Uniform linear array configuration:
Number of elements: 64
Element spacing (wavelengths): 1
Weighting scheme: exponential
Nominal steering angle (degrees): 0
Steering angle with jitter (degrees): -1.248
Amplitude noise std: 0.05
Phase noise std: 0.05

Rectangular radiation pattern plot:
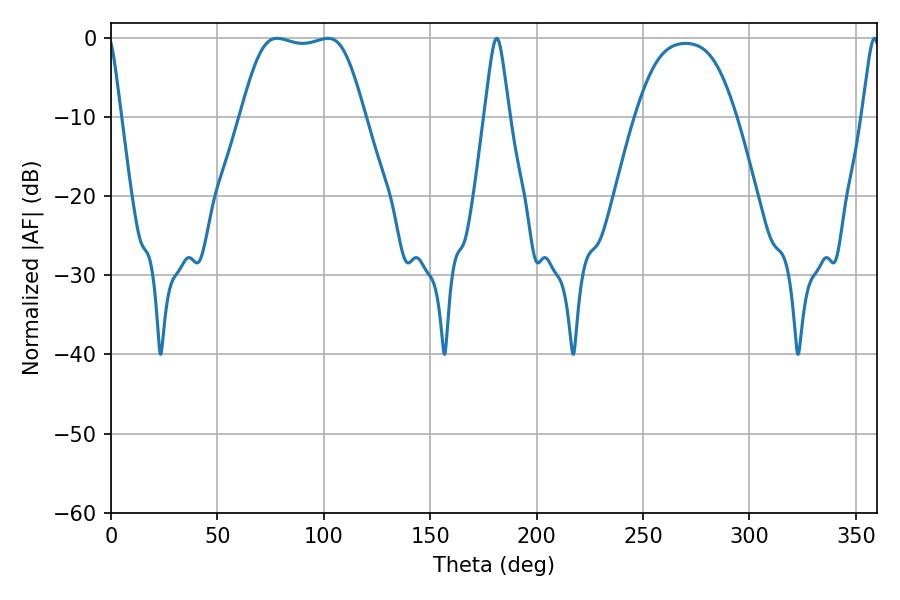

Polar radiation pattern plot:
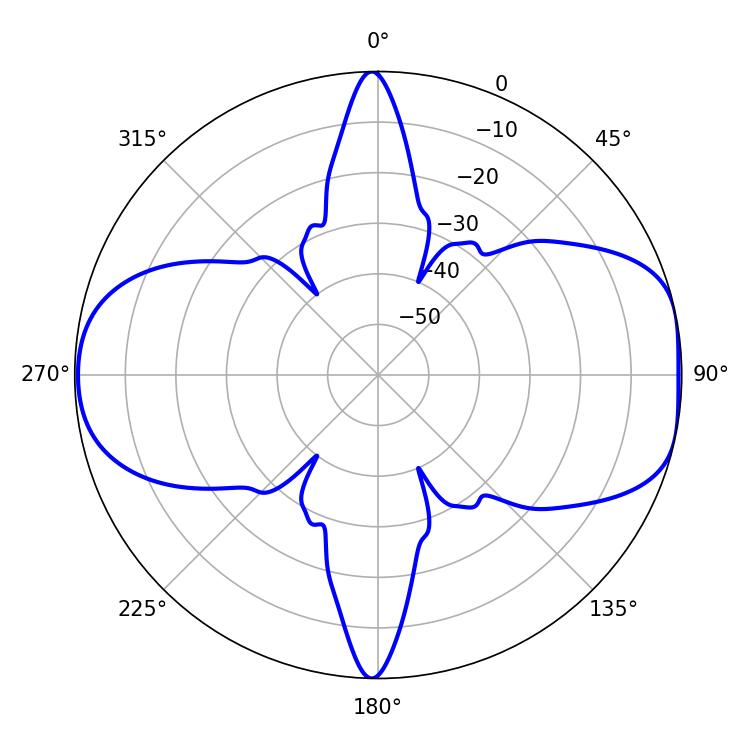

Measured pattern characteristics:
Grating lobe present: TRUE
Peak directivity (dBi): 8.681
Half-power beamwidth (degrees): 43.56
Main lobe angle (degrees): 78.12